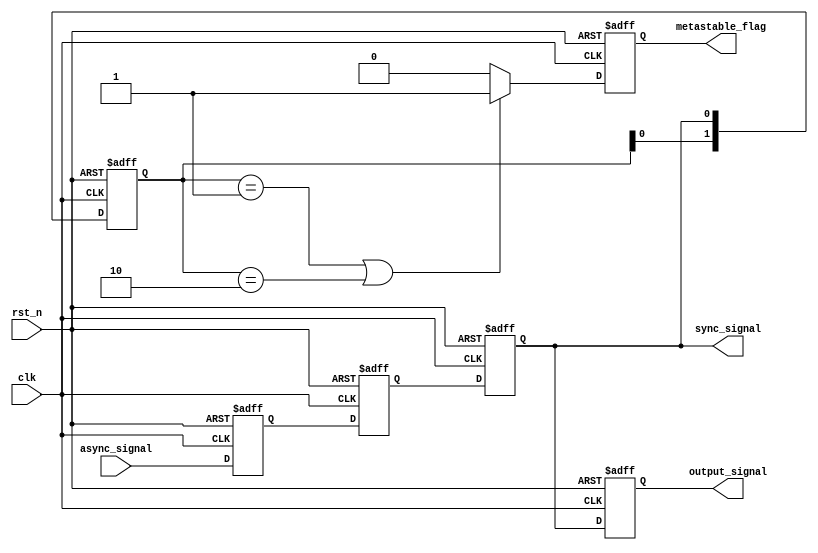
module metastability_detector (
    input wire clk,                // System clock
    input wire rst_n,              // Active low reset
    input wire async_signal,       // Asynchronous input signal
    output reg sync_signal,        // Synchronized output signal
    output reg metastable_flag,    // Metastability indicator
    output reg output_signal        // Final output signal
);

    // Internal signals
    reg async_ff1;                  // First flip-flop for synchronization
    reg async_ff2;                  // Second flip-flop for synchronization
    reg [1:0] state;                // State to monitor the transitions

    // Synchronization process
    always @(posedge clk or negedge rst_n) begin
        if (!rst_n) begin
            async_ff1 <= 1'b0;
            async_ff2 <= 1'b0;
            sync_signal <= 1'b0;
            metastable_flag <= 1'b0;
            output_signal <= 1'b0;
            state <= 2'b00;
        end else begin
            async_ff1 <= async_signal;  // Sample the async signal
            async_ff2 <= async_ff1;      // Second flip-flop for synchronization
            sync_signal <= async_ff2;    // Output the synchronized signal
            
            // State encoding for metastability detection
            state <= {state[0], sync_signal}; // Shift in sync_signal
            
            // Detect metastability condition
            if (state == 2'b01 || state == 2'b10) begin
                metastable_flag <= 1'b1; // Indicate metastability detected
            end else begin
                metastable_flag <= 1'b0; // Clear metastability flag
            end
            
            // Output signal assignment
            output_signal <= sync_signal; // Final output derived from sync signal
        end
    end

endmodule